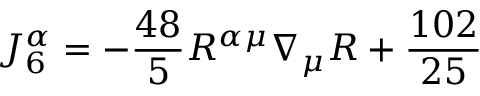
J _ { 6 } ^ { \alpha } = - \frac { 4 8 } { 5 } R ^ { \alpha \mu } \nabla _ { \mu } R + { \frac { 1 0 2 } { 2 5 } }